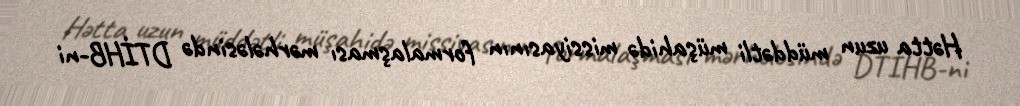
Hətta uzun müddətli müşahidə missiyasının formalaşması mərhələsində DTİHB-ni